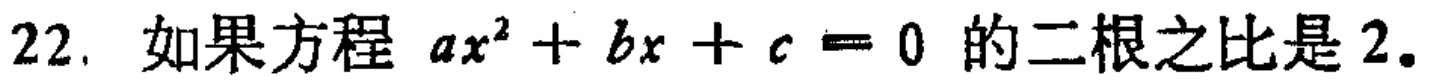
22. 如果方程 \(ax^{2}+bx + c = 0\) 的二根之比是 2.